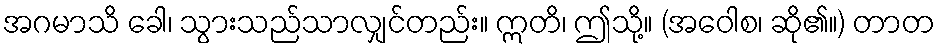
အဂမာသိ ခေါ၊ သွားသည်သာလျှင်တည်း။ ဣတိ၊ ဤသို့။ (အဝေါစ၊ ဆို၏။) တာတ